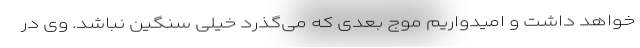
خواهد داشت و امیدواریم موج بعدی که می‌گذرد خیلی سنگین نباشد. وی در